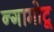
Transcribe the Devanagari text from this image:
न्गामोटू